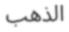
الذهب